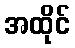
အထိုင်